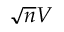
\sqrt { n } V